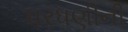
ઘરધણીની